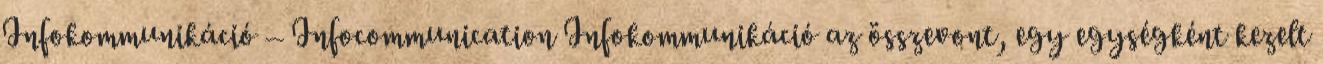
Infokommunikáció – Infocommunication Infokommunikáció az összevont, egy egységként kezelt